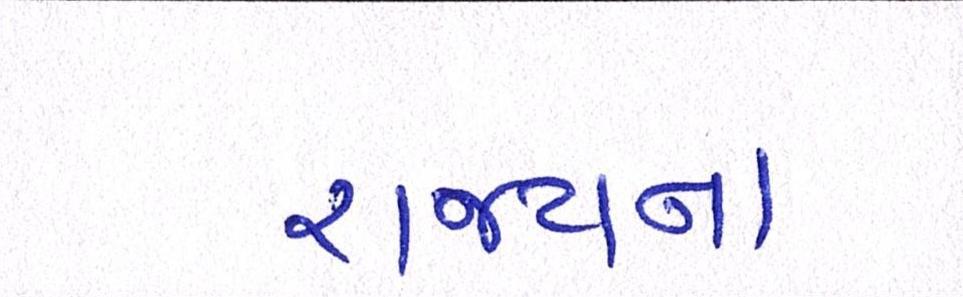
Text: રાજ્યના